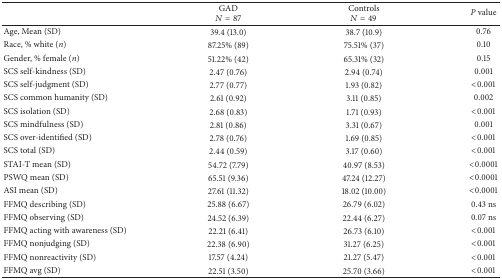
<table><thead><tr><td><b> </b></td><td><b>GAD<i>N</i> = 87</b></td><td><b>Controls<i>N</i> = 49</b></td><td><b><i>P</i> value</b></td></tr></thead><tbody><tr><td>Age, Mean (SD)</td><td>39.4 (13.0)</td><td>38.7 (10.9)</td><td>0.76</td></tr><tr><td>Race, % white (<i>n</i>)</td><td>87.25% (89)</td><td>75.51% (37)</td><td>0.10</td></tr><tr><td>Gender, % female (<i>n</i>)</td><td>51.22% (42)</td><td>65.31% (32)</td><td>0.15</td></tr><tr><td>SCS self-kindness (SD)</td><td>2.47 (0.76)</td><td>2.94 (0.74)</td><td>0.001</td></tr><tr><td>SCS self-judgment (SD)</td><td>2.77 (0.77)</td><td>1.93 (0.82)</td><td>&lt;0.001</td></tr><tr><td>SCS common humanity (SD)</td><td>2.61 (0.92)</td><td>3.11 (0.85)</td><td>0.002</td></tr><tr><td>SCS isolation (SD)</td><td>2.68 (0.83)</td><td>1.71 (0.93)</td><td>&lt;0.001</td></tr><tr><td>SCS mindfulness (SD)</td><td>2.81 (0.86)</td><td>3.31 (0.67)</td><td>0.001</td></tr><tr><td>SCS over-identified (SD)</td><td>2.78 (0.76)</td><td>1.69 (0.85)</td><td>&lt;0.001</td></tr><tr><td>SCS total (SD)</td><td>2.44 (0.59)</td><td>3.17 (0.60)</td><td>&lt;0.001</td></tr><tr><td>STAI-T mean (SD)</td><td>54.72 (7.79)</td><td>40.97 (8.53)</td><td>&lt;0.0001</td></tr><tr><td>PSWQ mean (SD)</td><td>65.51 (9.36)</td><td>47.24 (12.27)</td><td>&lt;0.0001</td></tr><tr><td>ASI mean (SD) </td><td>27.61 (11.32)</td><td>18.02 (10.00)</td><td>&lt;0.0001</td></tr><tr><td>FFMQ describing (SD)</td><td>25.88 (6.67)</td><td>26.79 (6.02)</td><td>0.43 ns</td></tr><tr><td>FFMQ observing (SD)</td><td>24.52 (6.39)</td><td>22.44 (6.27)</td><td>0.07 ns</td></tr><tr><td>FFMQ acting with awareness (SD)</td><td>22.21 (6.41)</td><td>26.73 (6.10)</td><td>&lt;0.001</td></tr><tr><td>FFMQ nonjudging (SD)</td><td>22.38 (6.90)</td><td>31.27 (6.25)</td><td>&lt;0.001</td></tr><tr><td>FFMQ nonreactivity (SD)</td><td>17.57 (4.24)</td><td>21.27 (5.47)</td><td>&lt;0.001</td></tr><tr><td>FFMQ avg (SD)</td><td>22.51 (3.50)</td><td>25.70 (3.66)</td><td>&lt;0.001</td></tr></tbody></table>